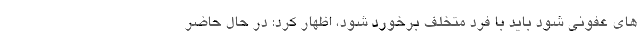
های عفونی شود باید با فرد متخلف برخورد شود، اظهار کرد: در حال حاضر